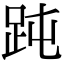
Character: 𧿬